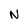
Character: N